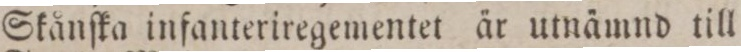
Skånſka infanteriregementet är utnämnd till